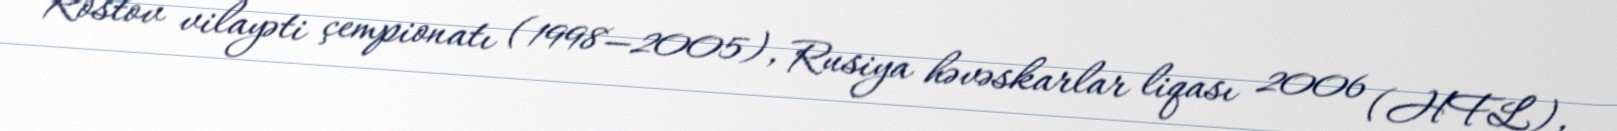
Rostov vilayəti çempionatı (1998—2005), Rusiya həvəskarlar liqası 2006 (HFL),